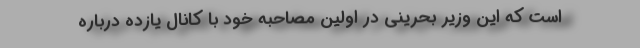
است که این وزیر بحرینی در اولین مصاحبه خود با کانال یازده درباره